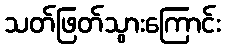
သတ်ဖြတ်သွားကြောင်း